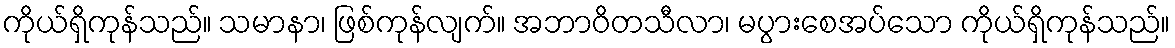
ကိုယ်ရှိကုန်သည်။ သမာနာ၊ ဖြစ်ကုန်လျက်။ အဘာဝိတသီလာ၊ မပွားစေအပ်သော ကိုယ်ရှိကုန်သည်။